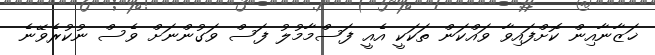
ޚަޒާނާއިން ކޮށްފައިވާ ވައްކަން ތަކަކީ އެއީ ފަސްމާމުލު ފަސް ވަގުންނަށް ވެސް ނުކުރެވޭނެ